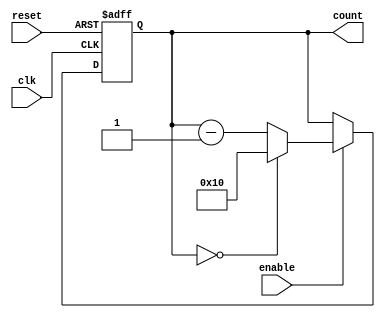
module ModuloN_Down_Counter (
  input wire clk,
  input wire reset,
  input wire enable,
  output reg [N-1:0] count
);

parameter N = 16; // Set value for N

// Synchronous Modulo-N Down Counter
always @(posedge clk or posedge reset) begin
  if (reset) begin
    count <= N;
  end else if (enable) begin
    if (count == 0) begin
      count <= N;
    end else begin
      count <= count - 1;
    end
  end
end

endmodule